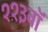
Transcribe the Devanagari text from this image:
११३वॉ